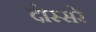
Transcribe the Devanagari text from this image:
दोस्सरे